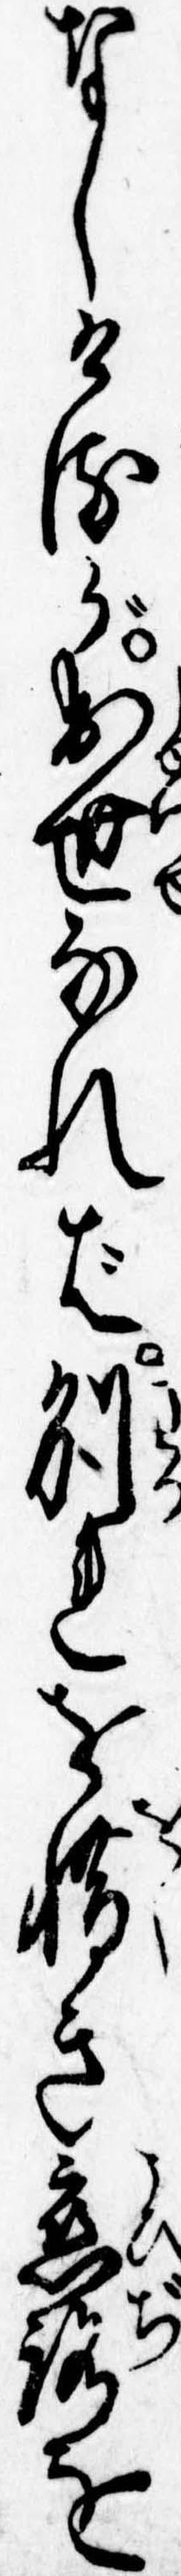
なしけるが出世なれば別れを惜き恋路を